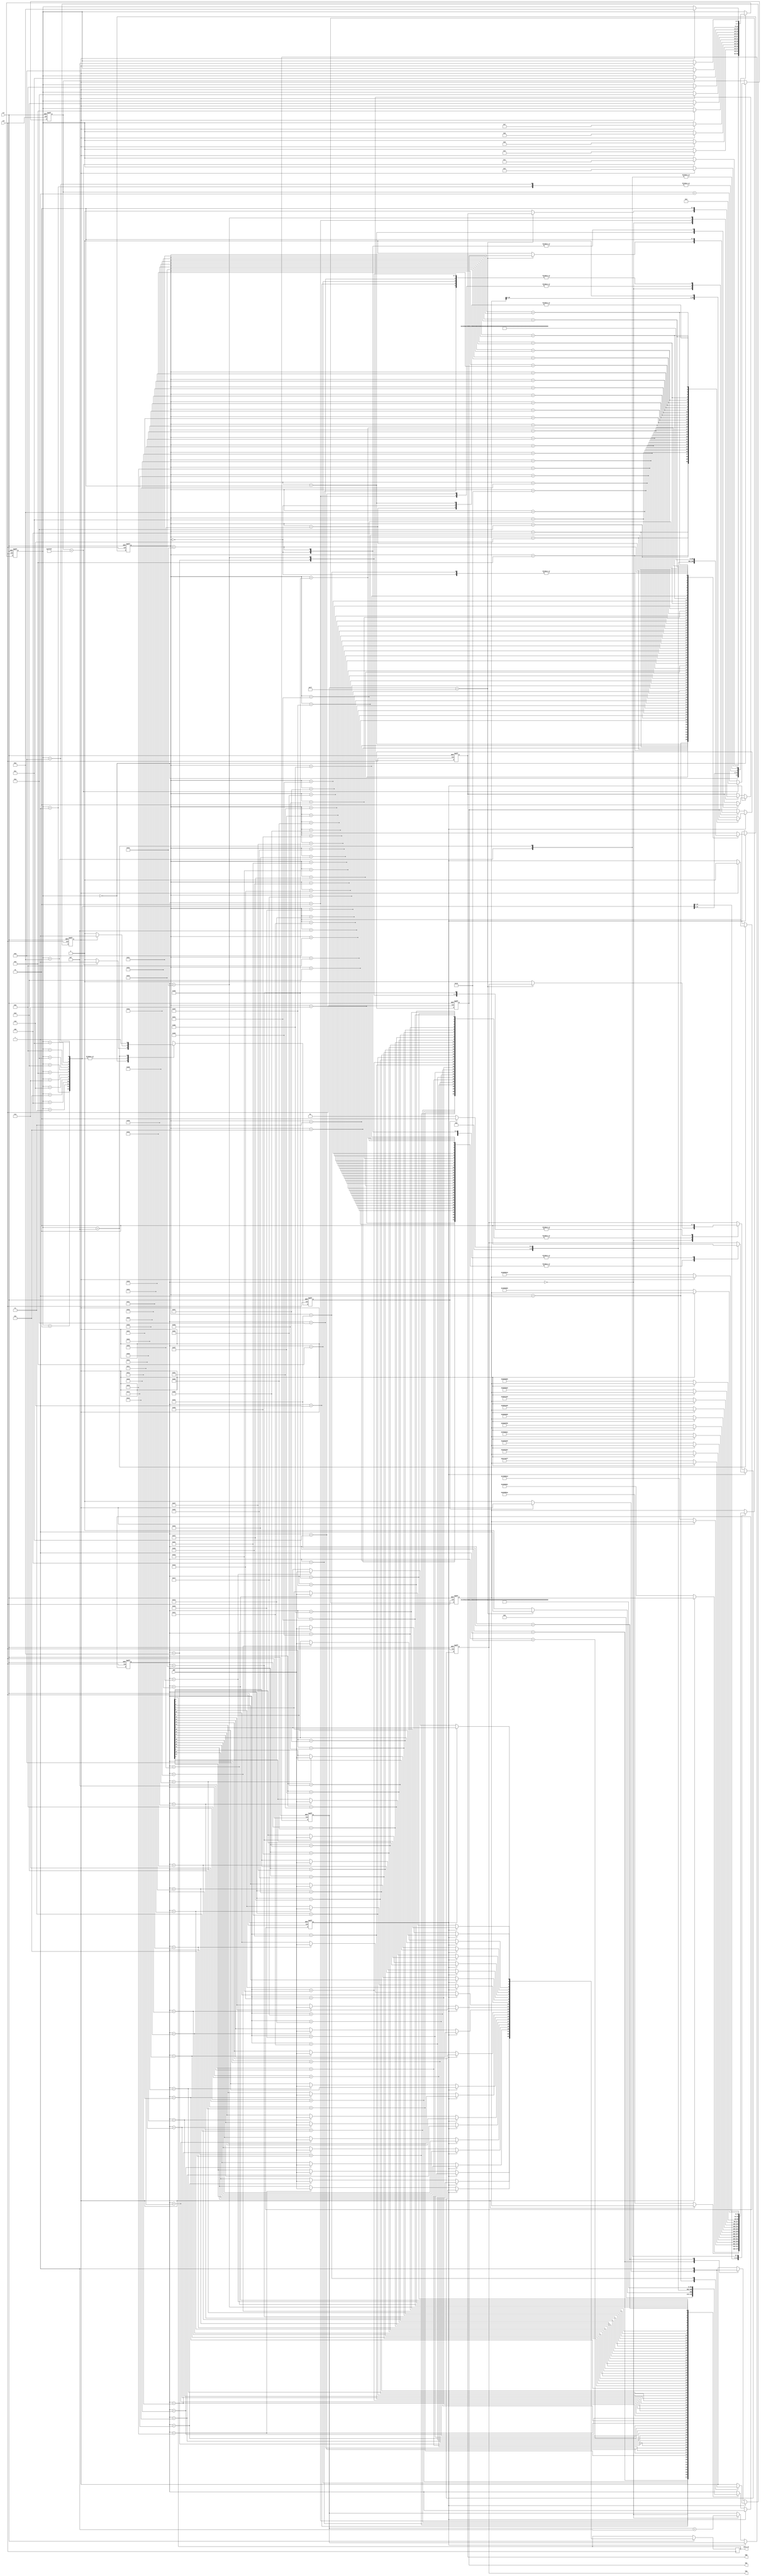
module hmc_830(
			clk,rst,
			SDO,
			SCK,SDI,SEN,
			data_in
			);

input clk;		
input rst;	
input SDO;

output reg SCK,SDI,SEN;	

reg[19:0] cnt;
reg[3:0] sta_cmd;
reg spi_en;
reg[31:0] data_out;
always@(posedge clk or negedge rst)
begin                          
	if(!rst)
	begin
		sta_cmd<=4'd0;
		cnt<=20'd0;
		spi_en<=1'b0;
		data_out<=32'd0;
		wr<=1'b1;
	end
	else 
		case(sta_cmd)
			
			4'd0	:	begin
							if(cnt==20'hFFFFF)
							begin
								cnt<=20'd0;
								sta_cmd<=4'd1;
								spi_en<=1'b1;
							end
							else 
							begin
								cnt<=cnt+1'b1;
								spi_en<=1'b0;
							end
						end
			
			4'd1	:	begin
							if(spi_rdy)
							begin
								sta_cmd<=4'd14;
								spi_en<=1'b1;
							end
							else
							begin
								spi_en<=1'b0;
								data_out<=32'h02000001;//R
							end
						end
		
			4'd2	:	begin
							if(spi_rdy) 
							begin
								sta_cmd<=4'd3;
								spi_en<=1'b1;
							end
							else
							begin
								spi_en<=1'b0;
								data_out<=32'h06200B4A;
							end
						end
			
			4'd3	:	begin
							if(spi_rdy) 
							begin
								sta_cmd<=4'd4;
								spi_en<=1'b1;
							end
							else
							begin
								spi_en<=1'b0;
								data_out<=32'h070008CD;
							end
						end
						
			4'd4	:	begin
							if(spi_rdy) 
							begin
								sta_cmd<=4'd5;
								spi_en<=1'b1;
							end
							else
							begin
								spi_en<=1'b0;
								data_out<=32'h08C1BEFF;
							end
						end
						
			4'd5	:	begin
							if(spi_rdy) 
							begin
								sta_cmd<=4'd6;
								spi_en<=1'b1;
							end
							else
							begin
								spi_en<=1'b0;
								data_out<=32'h09403264;
							end
						end
						
			4'd6	:	begin
							if(spi_rdy) 
							begin
								sta_cmd<=4'd7;
								spi_en<=1'b1;
							end
							else
							begin
								spi_en<=1'b0;
								data_out<=32'h0A002046;
							end
						end
						
			4'd7	:	begin
							if(spi_rdy)
							begin
								sta_cmd<=4'd8;
								spi_en<=1'b1;
							end
							else
							begin
								spi_en<=1'b0;
								data_out<=32'h0F0000A1;
							end
						end
						
			4'd8	:	begin
							if(spi_rdy)
							begin
								sta_cmd<=4'd9;
								spi_en<=1'b1;
							end
							else
							begin
								spi_en<=1'b0;
								data_out<=32'h05000F88;
							end
						end
						
			4'd9	:	begin
							if(spi_rdy)
							begin
								sta_cmd<=4'd10;
								spi_en<=1'b1;
							end
							else
							begin
								spi_en<=1'b0;
								data_out<={8'h5,11'h3,6'h1/*K*/,7'h10};
							end
						end
						
			4'd10	:	begin
							if(spi_rdy)
							begin
								sta_cmd<=4'd11;
								spi_en<=1'b1;
							end
							else
							begin
								spi_en<=1'b0;
								data_out<=32'h05002A98;
							end
						end
			
			4'd11	:	begin
							if(spi_rdy)
							begin
								sta_cmd<=4'd12;
								spi_en<=1'b1;
							end
							else
							begin
								spi_en<=1'b0;
								data_out<=32'h05001628;
							end
						end
			
			4'd12	:	begin
							if(spi_rdy)
							begin
								sta_cmd<=4'd13;
								spi_en<=1'b1;
							end
							else
							begin
								spi_en<=1'b0;
								data_out<=32'h050060A0;
							end
						end
						
			4'd13	:	begin
							if(spi_rdy)
							begin
								sta_cmd<=4'd14;
								spi_en<=1'b1;
							end
							else
							begin
								spi_en<=1'b0;
								data_out<=32'h05000000;
							end
						end
			
			4'd14	:	begin
							if(spi_rdy)
							begin
								sta_cmd<=4'd15;
								spi_en<=1'b1;
							end
							else
							begin
								spi_en<=1'b0;
								data_out<=32'h03000019;//int
							end
						end
						
			4'd15	:	begin
							if(spi_rdy)
							begin
								sta_cmd<=4'd15;
								wr<=1'b0;
								spi_en<=1'b1;
							end
							else
							begin
								spi_en<=1'b1;
								data_out<=32'h04000000;//frac
							end
						end

			default:	;
			
		endcase
	/*	
	else 
		case(sta_cmd)
			
			4'd0	:	begin
							if(cnt==20'hFFFFF)
							begin
								cnt<=20'd0;
								sta_cmd<=4'd1;
								spi_en<=1'b1;
							end
							else 
							begin
								cnt<=cnt+1'b1;
								spi_en<=1'b0;
							end
						end
			
			4'd1	:	begin
							if(spi_rdy)
							begin
								sta_cmd<=4'd2;
								spi_en<=1'b1;
							end
							else
							begin
								spi_en<=1'b0;
								data_out<=32'h02000001;//R
							end
						end
		
			4'd2	:	begin
							if(spi_rdy) 
							begin
								sta_cmd<=4'd3;
								spi_en<=1'b1;
							end
							else
							begin
								spi_en<=1'b0;
								data_out<=32'h06203B4A;
							end
						end
			
			4'd3	:	begin
							if(spi_rdy) 
							begin
								sta_cmd<=4'd4;
								spi_en<=1'b1;
							end
							else
							begin
								spi_en<=1'b0;
								data_out<=32'h070008CD;
							end
						end
						
			4'd4	:	begin
							if(spi_rdy) 
							begin
								sta_cmd<=4'd5;
								spi_en<=1'b1;
							end
							else
							begin
								spi_en<=1'b0;
								data_out<=32'h08C1BEFF;
							end
						end
						
			4'd5	:	begin
							if(spi_rdy) 
							begin
								sta_cmd<=4'd6;
								spi_en<=1'b1;
							end
							else
							begin
								spi_en<=1'b0;
								data_out<=32'h095AB264;
							end
						end
						
			4'd6	:	begin
							if(spi_rdy) 
							begin
								sta_cmd<=4'd7;
								spi_en<=1'b1;
							end
							else
							begin
								spi_en<=1'b0;
								data_out<=32'h0A002046;
							end
						end
						
			4'd7	:	begin
							if(spi_rdy)
							begin
								sta_cmd<=4'd10;
								spi_en<=1'b1;
							end
							else
							begin
								spi_en<=1'b0;
								data_out<=32'h0F000081;
							end
						end
						
			4'd10	:	begin
							if(spi_rdy)
							begin
								sta_cmd<=4'd11;
								spi_en<=1'b1;
							end
							else
							begin
								spi_en<=1'b0;
								data_out<=32'h05001628;
							end
						end
			
			4'd11	:	begin
							if(spi_rdy)
							begin
								sta_cmd<=4'd12;
								spi_en<=1'b1;
							end
							else
							begin
								spi_en<=1'b0;
								data_out<=32'h050060A0;
							end
						end
			
			4'd12	:	begin
							if(spi_rdy)
							begin
								sta_cmd<=4'd13;
								spi_en<=1'b1;
							end
							else
							begin
								spi_en<=1'b0;
								data_out<=32'h0500E090;
							end
						end
						
			4'd13	:	begin
							if(spi_rdy)
							begin
								sta_cmd<=4'd14;
								spi_en<=1'b1;
							end
							else
							begin
								spi_en<=1'b0;
								data_out<=32'h05000000;
							end
						end
			
			4'd14	:	begin
							if(spi_rdy)
							begin
								sta_cmd<=4'd15;
								spi_en<=1'b1;
							end
							else
							begin
								spi_en<=1'b0;
								data_out<=32'h0300001E;//int
							end
						end
						
			4'd15	:	begin
							if(spi_rdy)
							begin
								sta_cmd<=4'd15;
								wr<=1'b0;
								spi_en<=1'b1;
							end
							else
							begin
								spi_en<=1'b1;
								data_out<=32'h04000000;//frac
							end
						end

			default:	;
			
		endcase
		*/
end

reg wr;
reg[7:0] count;
reg spi_rdy;
output reg [23:0] data_in;
reg [6:0] sta_tim,sta_tim_r;
always @(posedge clk or negedge rst) 
begin
	if(!rst) 
	begin
		sta_tim<=7'd0;
		sta_tim_r<=7'd0;
		SCK<=1'b0;
		SDI<=1'b0;
		SEN<=1'b0;
		spi_rdy<=1'b0;
		count<=8'd0;
	end
	else if(wr==1'b1)
		case(sta_tim)
			
			7'd0	:	begin
							sta_tim<=7'd1;
							SCK<=1'b0;
							SDI<=1'b0;
							SEN<=1'b0;
						end
						
			7'd1	:	begin
							if(spi_en)
							begin
								sta_tim<=7'd2;
							end
							else
							begin
								sta_tim<=7'd1;
								spi_rdy<=1'b0;
							end
						end
						
			7'd2	:	begin
							sta_tim<=7'd3;
							SEN<=1'b1;
							SDI<=1'b0;
						end
			
			7'd3	:	begin
							sta_tim<=7'd4;
							SCK<=1'b1;
						end
			
			7'd4	:	begin
							sta_tim<=7'd5;
							SCK<=1'b0;
							SDI<=data_out[29];
						end
			
			7'd5	:	begin
							sta_tim<=7'd6;
							SCK<=1'b1;
						end
			
			7'd6	:	begin
							sta_tim<=7'd7;
							SCK<=1'b0;
							SDI<=data_out[28];
						end
						
			7'd7	:	begin
							sta_tim<=7'd8;
							SCK<=1'b1;
						end
			
			7'd8	:	begin
							sta_tim<=7'd9;
							SCK<=1'b0;
							SDI<=data_out[27];
						end
						
			7'd9	:	begin
							sta_tim<=7'd10;
							SCK<=1'b1;
						end
			
			7'd10	:	begin
							sta_tim<=7'd11;
							SCK<=1'b0;
							SDI<=data_out[26];
						end
						
			7'd11	:	begin
							sta_tim<=7'd12;
							SCK<=1'b1;
						end
			
			7'd12	:	begin
							sta_tim<=7'd13;
							SCK<=1'b0;
							SDI<=data_out[25];
						end
						
			7'd13	:	begin
							sta_tim<=7'd14;
							SCK<=1'b1;
						end
			
			7'd14	:	begin
							sta_tim<=7'd15;
							SCK<=1'b0;
							SDI<=data_out[24];
						end
						
			7'd15	:	begin
							sta_tim<=7'd16;
							SCK<=1'b1;
						end
			
			7'd16	:	begin
							sta_tim<=7'd17;
							SCK<=1'b0;
							SDI<=data_out[23];
						end
						
			7'd17	:	begin
							sta_tim<=7'd18;
							SCK<=1'b1;
						end
			
			7'd18	:	begin
							sta_tim<=7'd19;
							SCK<=1'b0;
							SDI<=data_out[22];
						end
						
			7'd19	:	begin
							sta_tim<=7'd20;
							SCK<=1'b1;
						end
			
			7'd20	:	begin
							sta_tim<=7'd21;
							SCK<=1'b0;
							SDI<=data_out[21];
						end
						
			7'd21	:	begin
							sta_tim<=7'd22;
							SCK<=1'b1;
						end
			
			7'd22	:	begin
							sta_tim<=7'd23;
							SCK<=1'b0;
							SDI<=data_out[20];
						end
						
			7'd23	:	begin
							sta_tim<=7'd24;
							SCK<=1'b1;
						end
			
			7'd24	:	begin
							sta_tim<=7'd25;
							SCK<=1'b0;
							SDI<=data_out[19];
						end
						
			7'd25	:	begin
							sta_tim<=7'd26;
							SCK<=1'b1;
						end
			
			7'd26	:	begin
							sta_tim<=7'd27;
							SCK<=1'b0;
							SDI<=data_out[18];
						end
						
			7'd27	:	begin
							sta_tim<=7'd28;
							SCK<=1'b1;
						end
			
			7'd28	:	begin
							sta_tim<=7'd29;
							SCK<=1'b0;
							SDI<=data_out[17];
						end
			
			7'd29	:	begin
							sta_tim<=7'd30;
							SCK<=1'b1;
						end
			
			7'd30	:	begin
							sta_tim<=7'd31;
							SCK<=1'b0;
							SDI<=data_out[16];
						end
						
			7'd31	:	begin
							sta_tim<=7'd32;
							SCK<=1'b1;
						end
			
			7'd32	:	begin
							sta_tim<=7'd33;
							SCK<=1'b0;
							SDI<=data_out[15];
						end
						
			7'd33	:	begin
							sta_tim<=7'd34;
							SCK<=1'b1;
						end
			
			7'd34	:	begin
							sta_tim<=7'd35;
							SCK<=1'b0;
							SDI<=data_out[14];
						end
						
			7'd35	:	begin
							sta_tim<=7'd36;
							SCK<=1'b1;
						end
			
			7'd36	:	begin
							sta_tim<=7'd37;
							SCK<=1'b0;
							SDI<=data_out[13];
						end
						
			7'd37	:	begin
							sta_tim<=7'd38;
							SCK<=1'b1;
						end
			
			7'd38	:	begin
							sta_tim<=7'd39;
							SCK<=1'b0;
							SDI<=data_out[12];
						end
			
			7'd39	:	begin
							sta_tim<=7'd40;
							SCK<=1'b1;
						end
			
			7'd40	:	begin
							sta_tim<=7'd41;
							SCK<=1'b0;
							SDI<=data_out[11];
						end
			
			7'd41	:	begin
							sta_tim<=7'd42;
							SCK<=1'b1;
						end
			
			7'd42	:	begin
							sta_tim<=7'd43;
							SCK<=1'b0;
							SDI<=data_out[10];
						end
						
			7'd43	:	begin
							sta_tim<=7'd44;
							SCK<=1'b1;
						end
			
			7'd44	:	begin
							sta_tim<=7'd45;
							SCK<=1'b0;
							SDI<=data_out[9];
						end
						
			7'd45	:	begin
							sta_tim<=7'd46;
							SCK<=1'b1;
						end
			
			7'd46	:	begin
							sta_tim<=7'd47;
							SCK<=1'b0;
							SDI<=data_out[8];
						end
						
			7'd47	:	begin
							sta_tim<=7'd48;
							SCK<=1'b1;
						end
			
			7'd48	:	begin
							sta_tim<=7'd49;
							SCK<=1'b0;
							SDI<=data_out[7];
						end
			
			7'd49	:	begin
							sta_tim<=7'd50;
							SCK<=1'b1;
						end
			
			7'd50	:	begin
							sta_tim<=7'd51;
							SCK<=1'b0;
							SDI<=data_out[6];
						end
			
			7'd51	:	begin
							sta_tim<=7'd52;
							SCK<=1'b1;
						end
			
			7'd52	:	begin
							sta_tim<=7'd53;
							SCK<=1'b0;
							SDI<=data_out[5];
						end
						
			7'd53	:	begin
							sta_tim<=7'd54;
							SCK<=1'b1;
						end
			
			7'd54	:	begin
							sta_tim<=7'd55;
							SCK<=1'b0;
							SDI<=data_out[4];
						end
						
			7'd55	:	begin
							sta_tim<=7'd56;
							SCK<=1'b1;
						end
			
			7'd56	:	begin
							sta_tim<=7'd57;
							SCK<=1'b0;
							SDI<=data_out[3];
						end
						
			7'd57	:	begin
							sta_tim<=7'd58;
							SCK<=1'b1;
						end
			
			7'd58	:	begin
							sta_tim<=7'd59;
							SCK<=1'b0;
							SDI<=data_out[2];
						end
			
			7'd59	:	begin
							sta_tim<=7'd60;
							SCK<=1'b1;
						end
			
			7'd60	:	begin
							sta_tim<=7'd61;
							SCK<=1'b0;
							SDI<=data_out[1];
						end
			
			7'd61	:	begin
							sta_tim<=7'd62;
							SCK<=1'b1;
						end
			
			7'd62	:	begin
							sta_tim<=7'd63;
							SCK<=1'b0;
							SDI<=data_out[0];
						end
			
			7'd63	:	begin
							sta_tim<=7'd64;
							SCK<=1'b1;
						end
						
			7'd64	:	begin
							sta_tim<=7'd65;
							SCK<=1'b0;
							SDI<=1'b0;
						end
						
			7'd65	:	begin
							sta_tim<=7'd66;
							SCK<=1'b1;
						end
						
			7'd66	:	begin
							sta_tim<=7'd67;
							SCK<=1'b0;
							SEN<=1'b0;
						end
			
			7'd67	:	begin
							sta_tim<=7'd1;
							spi_rdy<=1'b1;
						end
						
			default:	;
			
		endcase
		
	else 
		case(sta_tim_r)
			
			7'd0	:	begin
							count<=count+1'b1;
							if(count==8'd255)
							begin
								sta_tim_r<=7'd1;
							end
							else
							begin
								sta_tim_r<=7'd0;
								SCK<=1'b0;
								SDI<=1'b0;
								SEN<=1'b0;
							end
						end
						
			7'd1	:	begin
							if(spi_en)
							begin
								sta_tim_r<=7'd2;
							end
							else
							begin
								sta_tim_r<=7'd1;
								spi_rdy<=1'b0;
							end
						end
						
			7'd2	:	begin
							sta_tim_r<=7'd3;
							SEN<=1'b1;
							SDI<=1'b1;
						end
			
			7'd3	:	begin
							sta_tim_r<=7'd4;
							SCK<=1'b1;
						end
			
			7'd4	:	begin
							sta_tim_r<=7'd5;
							SCK<=1'b0;
							SDI<=1'b0;
						end
			
			7'd5	:	begin
							sta_tim_r<=7'd6;
							SCK<=1'b1;
						end
			
			7'd6	:	begin
							sta_tim_r<=7'd7;
							SCK<=1'b0;
							SDI<=1'b0;
						end
						
			7'd7	:	begin
							sta_tim_r<=7'd8;
							SCK<=1'b1;
						end
			
			7'd8	:	begin
							sta_tim_r<=7'd9;
							SCK<=1'b0;
							SDI<=1'b0;
						end
						
			7'd9	:	begin
							sta_tim_r<=7'd10;
							SCK<=1'b1;
						end
			
			7'd10	:	begin
							sta_tim_r<=7'd11;
							SCK<=1'b0;
							SDI<=1'b0;
						end
						
			7'd11	:	begin
							sta_tim_r<=7'd12;
							SCK<=1'b1;
						end
			
			7'd12	:	begin
							sta_tim_r<=7'd13;
							SCK<=1'b0;
							SDI<=1'b1;
						end
						
			7'd13	:	begin
							sta_tim_r<=7'd14;
							SCK<=1'b1;
						end
			
			7'd14	:	begin
							sta_tim_r<=7'd15;
							SCK<=1'b0;
							SDI<=1'b0;
						end
						
			7'd15	:	begin
							sta_tim_r<=7'd16;
							SCK<=1'b1;
						end
			
			7'd16	:	begin
							sta_tim_r<=7'd17;
							SCK<=1'b0;
						end
						
			7'd17	:	begin
							sta_tim_r<=7'd18;
							SCK<=1'b1;
						end
			
			7'd18	:	begin
							sta_tim_r<=7'd19;
							SCK<=1'b0;
							data_in[23]<=SDO;
						end
						
			7'd19	:	begin
							sta_tim_r<=7'd20;
							SCK<=1'b1;
						end
			
			7'd20	:	begin
							sta_tim_r<=7'd21;
							SCK<=1'b0;
							data_in[22]<=SDO;
						end
						
			7'd21	:	begin
							sta_tim_r<=7'd22;
							SCK<=1'b1;
						end
			
			7'd22	:	begin
							sta_tim_r<=7'd23;
							SCK<=1'b0;
							data_in[21]<=SDO;
						end
						
			7'd23	:	begin
							sta_tim_r<=7'd24;
							SCK<=1'b1;
						end
			
			7'd24	:	begin
							sta_tim_r<=7'd25;
							SCK<=1'b0;
							data_in[20]<=SDO;
						end
						
			7'd25	:	begin
							sta_tim_r<=7'd26;
							SCK<=1'b1;
						end
			
			7'd26	:	begin
							sta_tim_r<=7'd27;
							SCK<=1'b0;
							data_in[19]<=SDO;
						end
						
			7'd27	:	begin
							sta_tim_r<=7'd28;
							SCK<=1'b1;
						end
			
			7'd28	:	begin
							sta_tim_r<=7'd29;
							SCK<=1'b0;
							data_in[18]<=SDO;
						end
			
			7'd29	:	begin
							sta_tim_r<=7'd30;
							SCK<=1'b1;
						end
			
			7'd30	:	begin
							sta_tim_r<=7'd31;
							SCK<=1'b0;
							data_in[17]<=SDO;
						end
						
			7'd31	:	begin
							sta_tim_r<=7'd32;
							SCK<=1'b1;
						end
			
			7'd32	:	begin
							sta_tim_r<=7'd33;
							SCK<=1'b0;
							data_in[16]<=SDO;
						end
						
			7'd33	:	begin
							sta_tim_r<=7'd34;
							SCK<=1'b1;
						end
			
			7'd34	:	begin
							sta_tim_r<=7'd35;
							SCK<=1'b0;
							data_in[15]<=SDO;
						end
						
			7'd35	:	begin
							sta_tim_r<=7'd36;
							SCK<=1'b1;
						end
			
			7'd36	:	begin
							sta_tim_r<=7'd37;
							SCK<=1'b0;
							data_in[14]<=SDO;
						end
						
			7'd37	:	begin
							sta_tim_r<=7'd38;
							SCK<=1'b1;
						end
			
			7'd38	:	begin
							sta_tim_r<=7'd39;
							SCK<=1'b0;
							data_in[13]<=SDO;
						end
			
			7'd39	:	begin
							sta_tim_r<=7'd40;
							SCK<=1'b1;
						end
			
			7'd40	:	begin
							sta_tim_r<=7'd41;
							SCK<=1'b0;
							data_in[12]<=SDO;
						end
			
			7'd41	:	begin
							sta_tim_r<=7'd42;
							SCK<=1'b1;
						end
			
			7'd42	:	begin
							sta_tim_r<=7'd43;
							SCK<=1'b0;
							data_in[11]<=SDO;
						end
						
			7'd43	:	begin
							sta_tim_r<=7'd44;
							SCK<=1'b1;
						end
			
			7'd44	:	begin
							sta_tim_r<=7'd45;
							SCK<=1'b0;
							data_in[10]<=SDO;
						end
						
			7'd45	:	begin
							sta_tim_r<=7'd46;
							SCK<=1'b1;
						end
			
			7'd46	:	begin
							sta_tim_r<=7'd47;
							SCK<=1'b0;
							data_in[9]<=SDO;
						end
						
			7'd47	:	begin
							sta_tim_r<=7'd48;
							SCK<=1'b1;
						end
			
			7'd48	:	begin
							sta_tim_r<=7'd49;
							SCK<=1'b0;
							data_in[8]<=SDO;
						end
			
			7'd49	:	begin
							sta_tim_r<=7'd50;
							SCK<=1'b1;
						end
			
			7'd50	:	begin
							sta_tim_r<=7'd51;
							SCK<=1'b0;
							data_in[7]<=SDO;
						end
			
			7'd51	:	begin
							sta_tim_r<=7'd52;
							SCK<=1'b1;
						end
			
			7'd52	:	begin
							sta_tim_r<=7'd53;
							SCK<=1'b0;
							data_in[6]<=SDO;
						end
						
			7'd53	:	begin
							sta_tim_r<=7'd54;
							SCK<=1'b1;
						end
			
			7'd54	:	begin
							sta_tim_r<=7'd55;
							SCK<=1'b0;
							data_in[5]<=SDO;
						end
						
			7'd55	:	begin
							sta_tim_r<=7'd56;
							SCK<=1'b1;
						end
			
			7'd56	:	begin
							sta_tim_r<=7'd57;
							SCK<=1'b0;
							data_in[4]<=SDO;
						end
						
			7'd57	:	begin
							sta_tim_r<=7'd58;
							SCK<=1'b1;
						end
			
			7'd58	:	begin
							sta_tim_r<=7'd59;
							SCK<=1'b0;
							data_in[3]<=SDO;
						end
			
			7'd59	:	begin
							sta_tim_r<=7'd60;
							SCK<=1'b1;
						end
			
			7'd60	:	begin
							sta_tim_r<=7'd61;
							SCK<=1'b0;
							data_in[2]<=SDO;
						end
			
			7'd61	:	begin
							sta_tim_r<=7'd62;
							SCK<=1'b1;
						end
			
			7'd62	:	begin
							sta_tim_r<=7'd63;
							SCK<=1'b0;
							data_in[1]<=SDO;
						end
			
			7'd63	:	begin
							sta_tim_r<=7'd64;
							SCK<=1'b1;
						end
						
			7'd64	:	begin
							sta_tim_r<=7'd65;
							SCK<=1'b0;
							data_in[0]<=SDO;
						end
						
			7'd65	:	begin
							sta_tim_r<=7'd66;
							SCK<=1'b1;
						end
						
			7'd66	:	begin
							sta_tim_r<=7'd67;
							SCK<=1'b0;
							SDI<=1'b0;
							SEN<=1'b0;
						end
			
			7'd67	:	begin
							sta_tim_r<=7'd0;
							spi_rdy<=1'b1;
						end
						
			default:	;
			
		endcase
end
						
endmodule